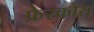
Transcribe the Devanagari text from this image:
फ्रेस्कोस